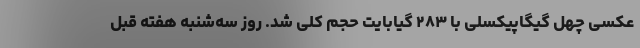
عکسی چهل گیگاپیکسلی با ۲۸۳ گیابایت حجم کلی شد. روز سه‌شنبه هفته قبل